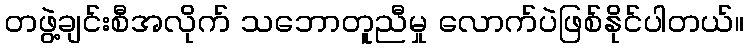
တဖွဲ့ချင်းစီအလိုက် သဘောတူညီမှု လောက်ပဲဖြစ်နိုင်ပါတယ်။